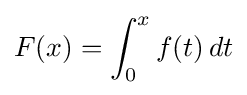
F(x)=\int _{0}^{x}f(t)\,dt